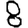
Digit: 8